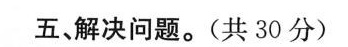
五、解决问题。(共30分)